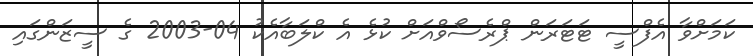
ކަމަށްވާ އެފްސީ ޓަޓަރަން ޕްރެސޯވްއަށް ކުޅެ އެ ކްލަބާއެކު 04-2003 ގެ ސީޒަންގައި